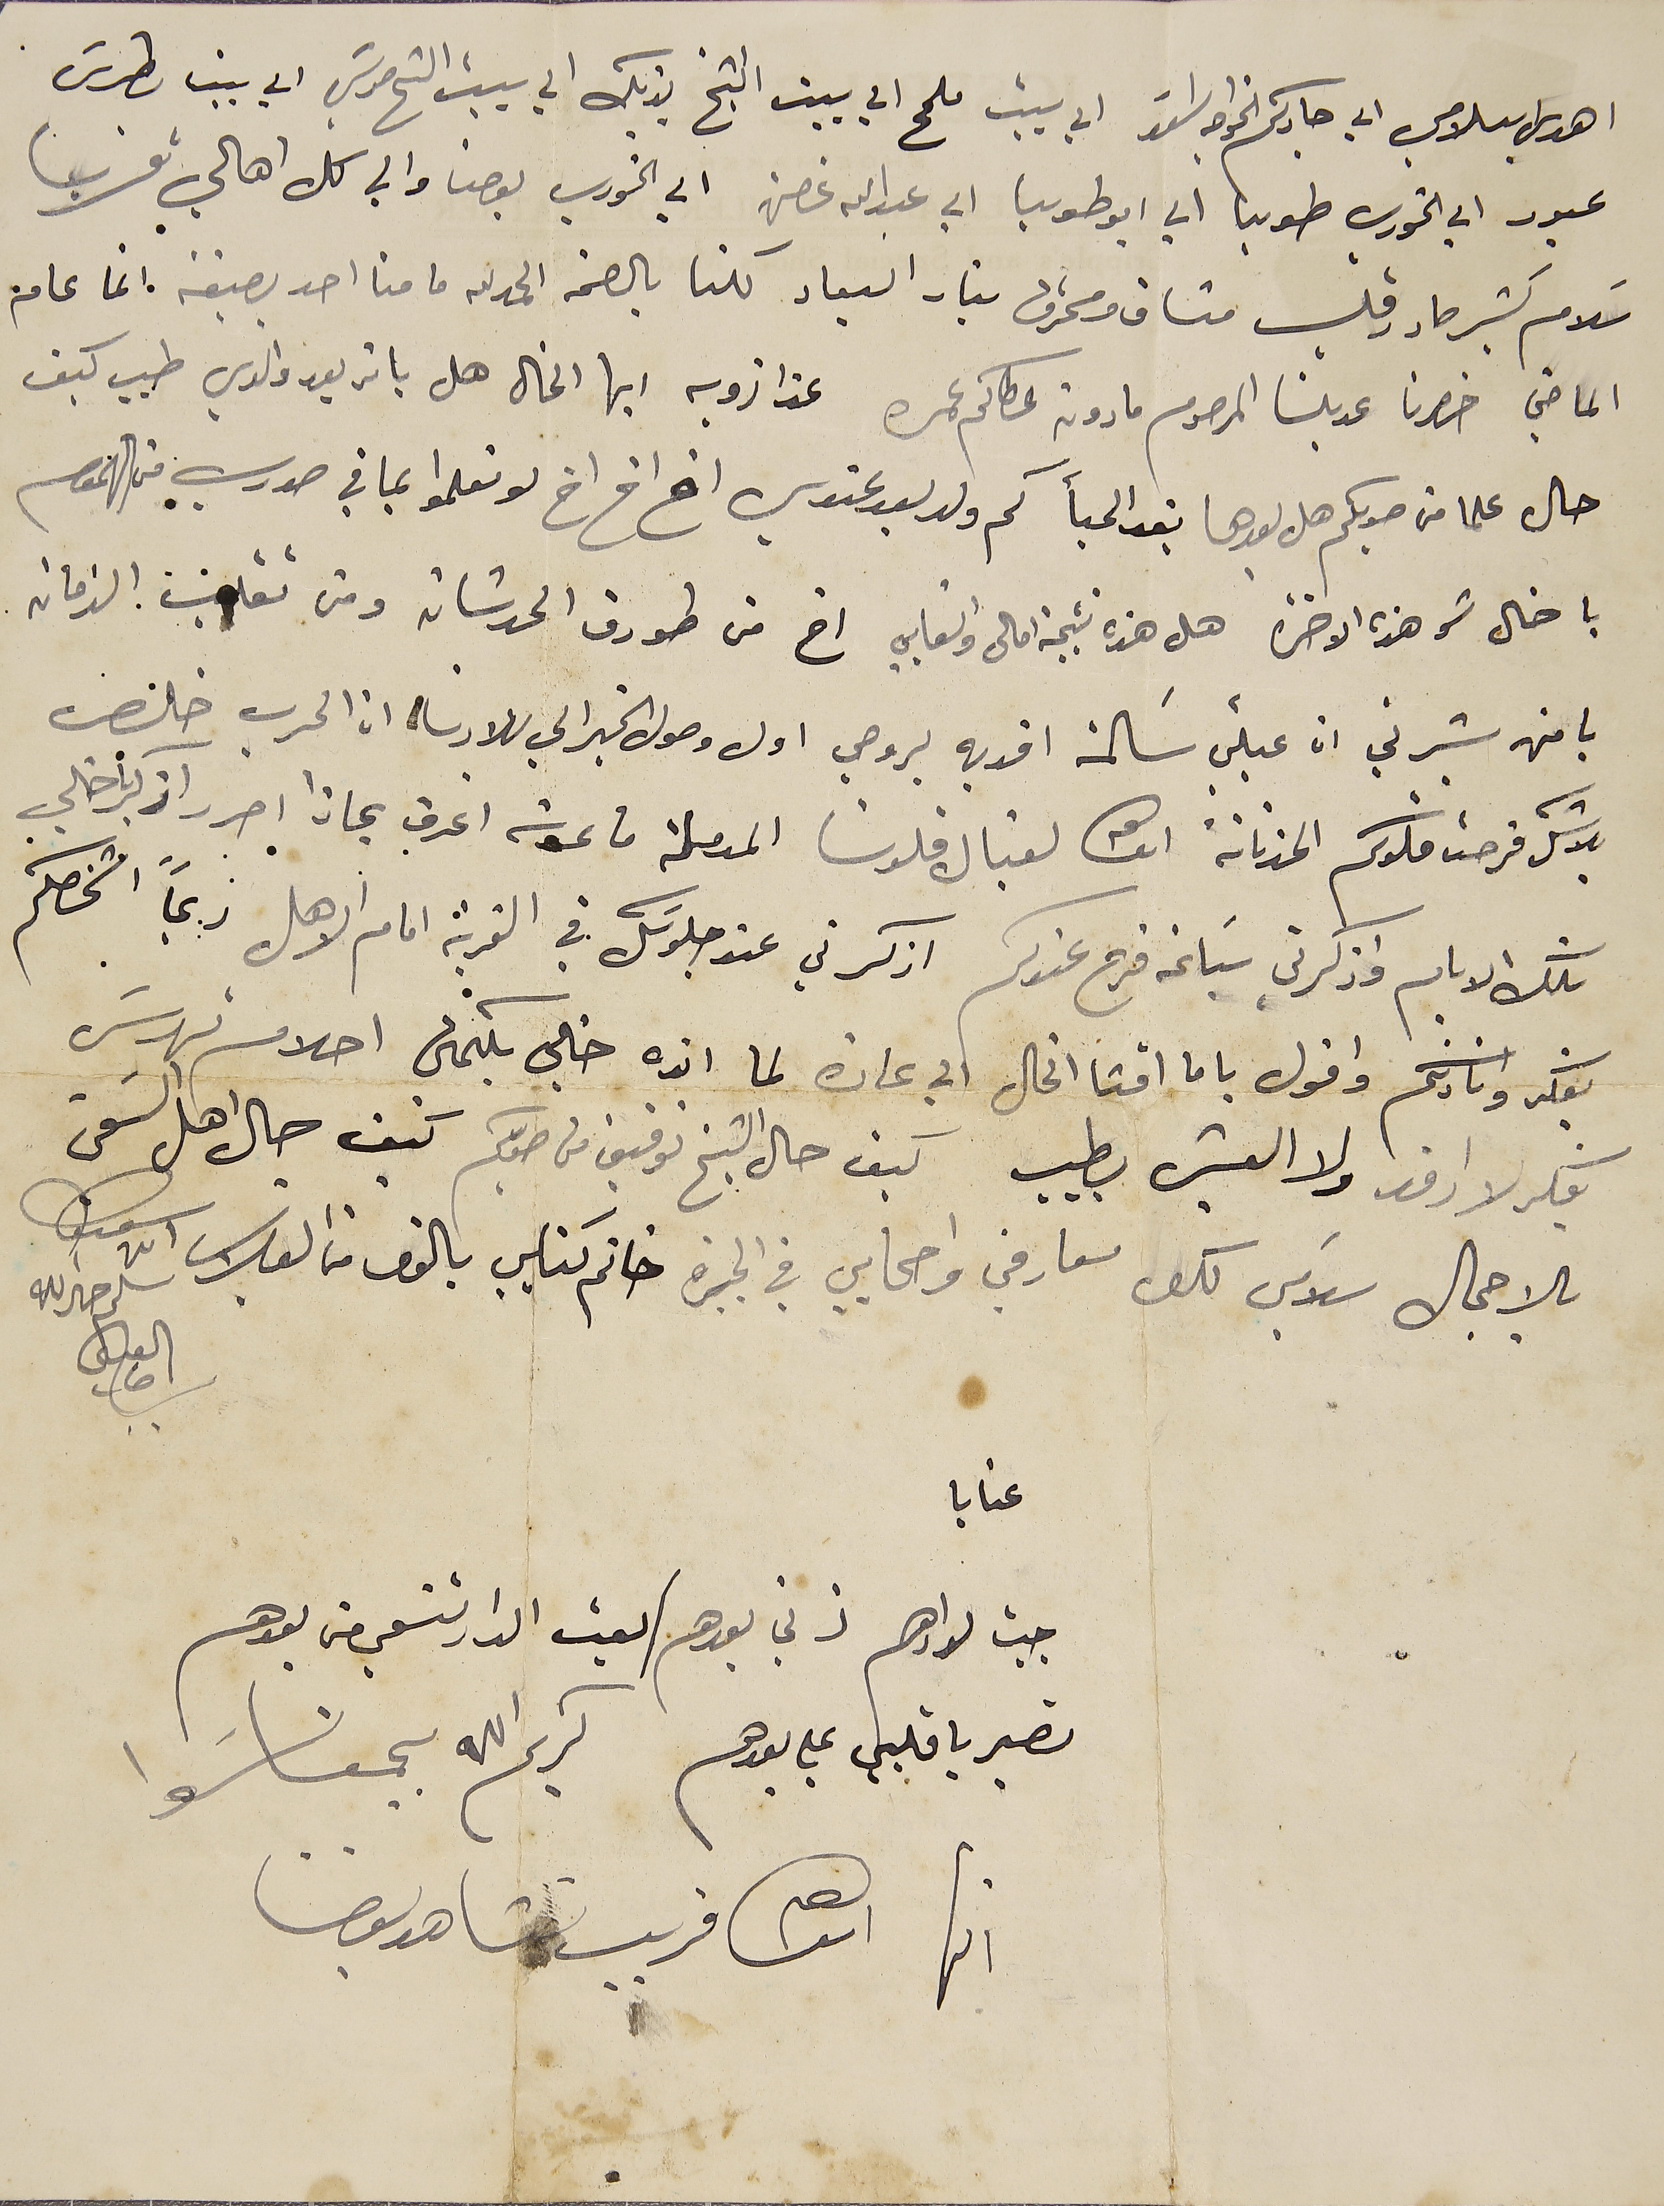
اهدي سلامي الي جاركم الخواجه اسَعد الي بيت ملحم الي بيت الشيخ يزبك الي بيت الشيخ موسَي الي بيت بطرسَ
عبود الي الخوري طوبيا الي ابو طوبيا الي عبدالله غصن الي الخوري يوحنا والي كل أهالي قريتنا
سَلام كتير حار وقلب مشاق ومحترق بنار البعاد كلنا بالصحة الحمدلله ما منا احد بضيقه انما عام
الماضي خصرنا عديلنا المرحوم مارون عطاكم عمره عزا زويه ايها الخال هل يا تر بعد والدي طيب كيف
حال علما من صوبكم هل بعدها تعِد الحبأ كم ولد بعد عندي اخ اخ اخ لو تعلموا بما في صدري من الهموم
يا خال شو هذه الاخرة هل هذه نتيجة امالى واتعابي اخ من طورق الحدثان ومن تقلب الزمان
يا من بشرني ان عيلتي سَالمة افديه بروحي اول وصول الخبر الي بلادنا ان الحرب خلص
بلا شك فرحت قلوبكم الحزنانة انشالله لقبال قلوبنا المدملة ما عدت اعرف بماذا احرر اذكر يا خالي
تلك الايام واذكرني سَاعة فرح عندكم اذكرني عند جلوسَك في القرية امام الاهل ربما اشخصكم
بفكر وانادكم واقول ياما أمتا الخال الي عادة لما انده خالي بكلمتي احلام تهدسَ
يفكر لا ارقد ولا العيش بطيب كيف حال الشيخ توفيق من صوبكم كيف حال اهل السَقي
بالاجمال سَلامي لكل معارفي واصحابي في الجيرة خاتم كتابي بالوف من القبلات ابن شقيقتك سلم خيرالله
العنيسي سرحال
جيت لدارهم ذني بعدهم / لقيت الدار تنعي من بعدهم
تصبر يا قلبي علي بعدهم  كريم الله يجمعنا سَوا
 انها انشالله قريب نشاهد بعضنا
عتابا